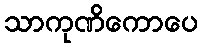
သာကုဏိကောပေ